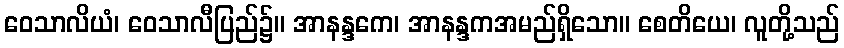
ဝေသာလိယံ၊ ဝေသာလီပြည်၌။ အာနန္ဒကေ၊ အာနန္ဒကအမည်ရှိသော။ စေတိယေ၊ လူတို့သည်